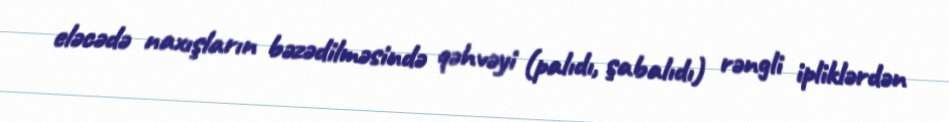
eləcədə naxışların bəzədilməsində qəhvəyi (palıdı, şabalıdı) rəngli ipliklərdən